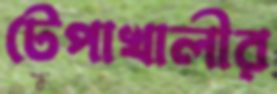
টেপাখালীর